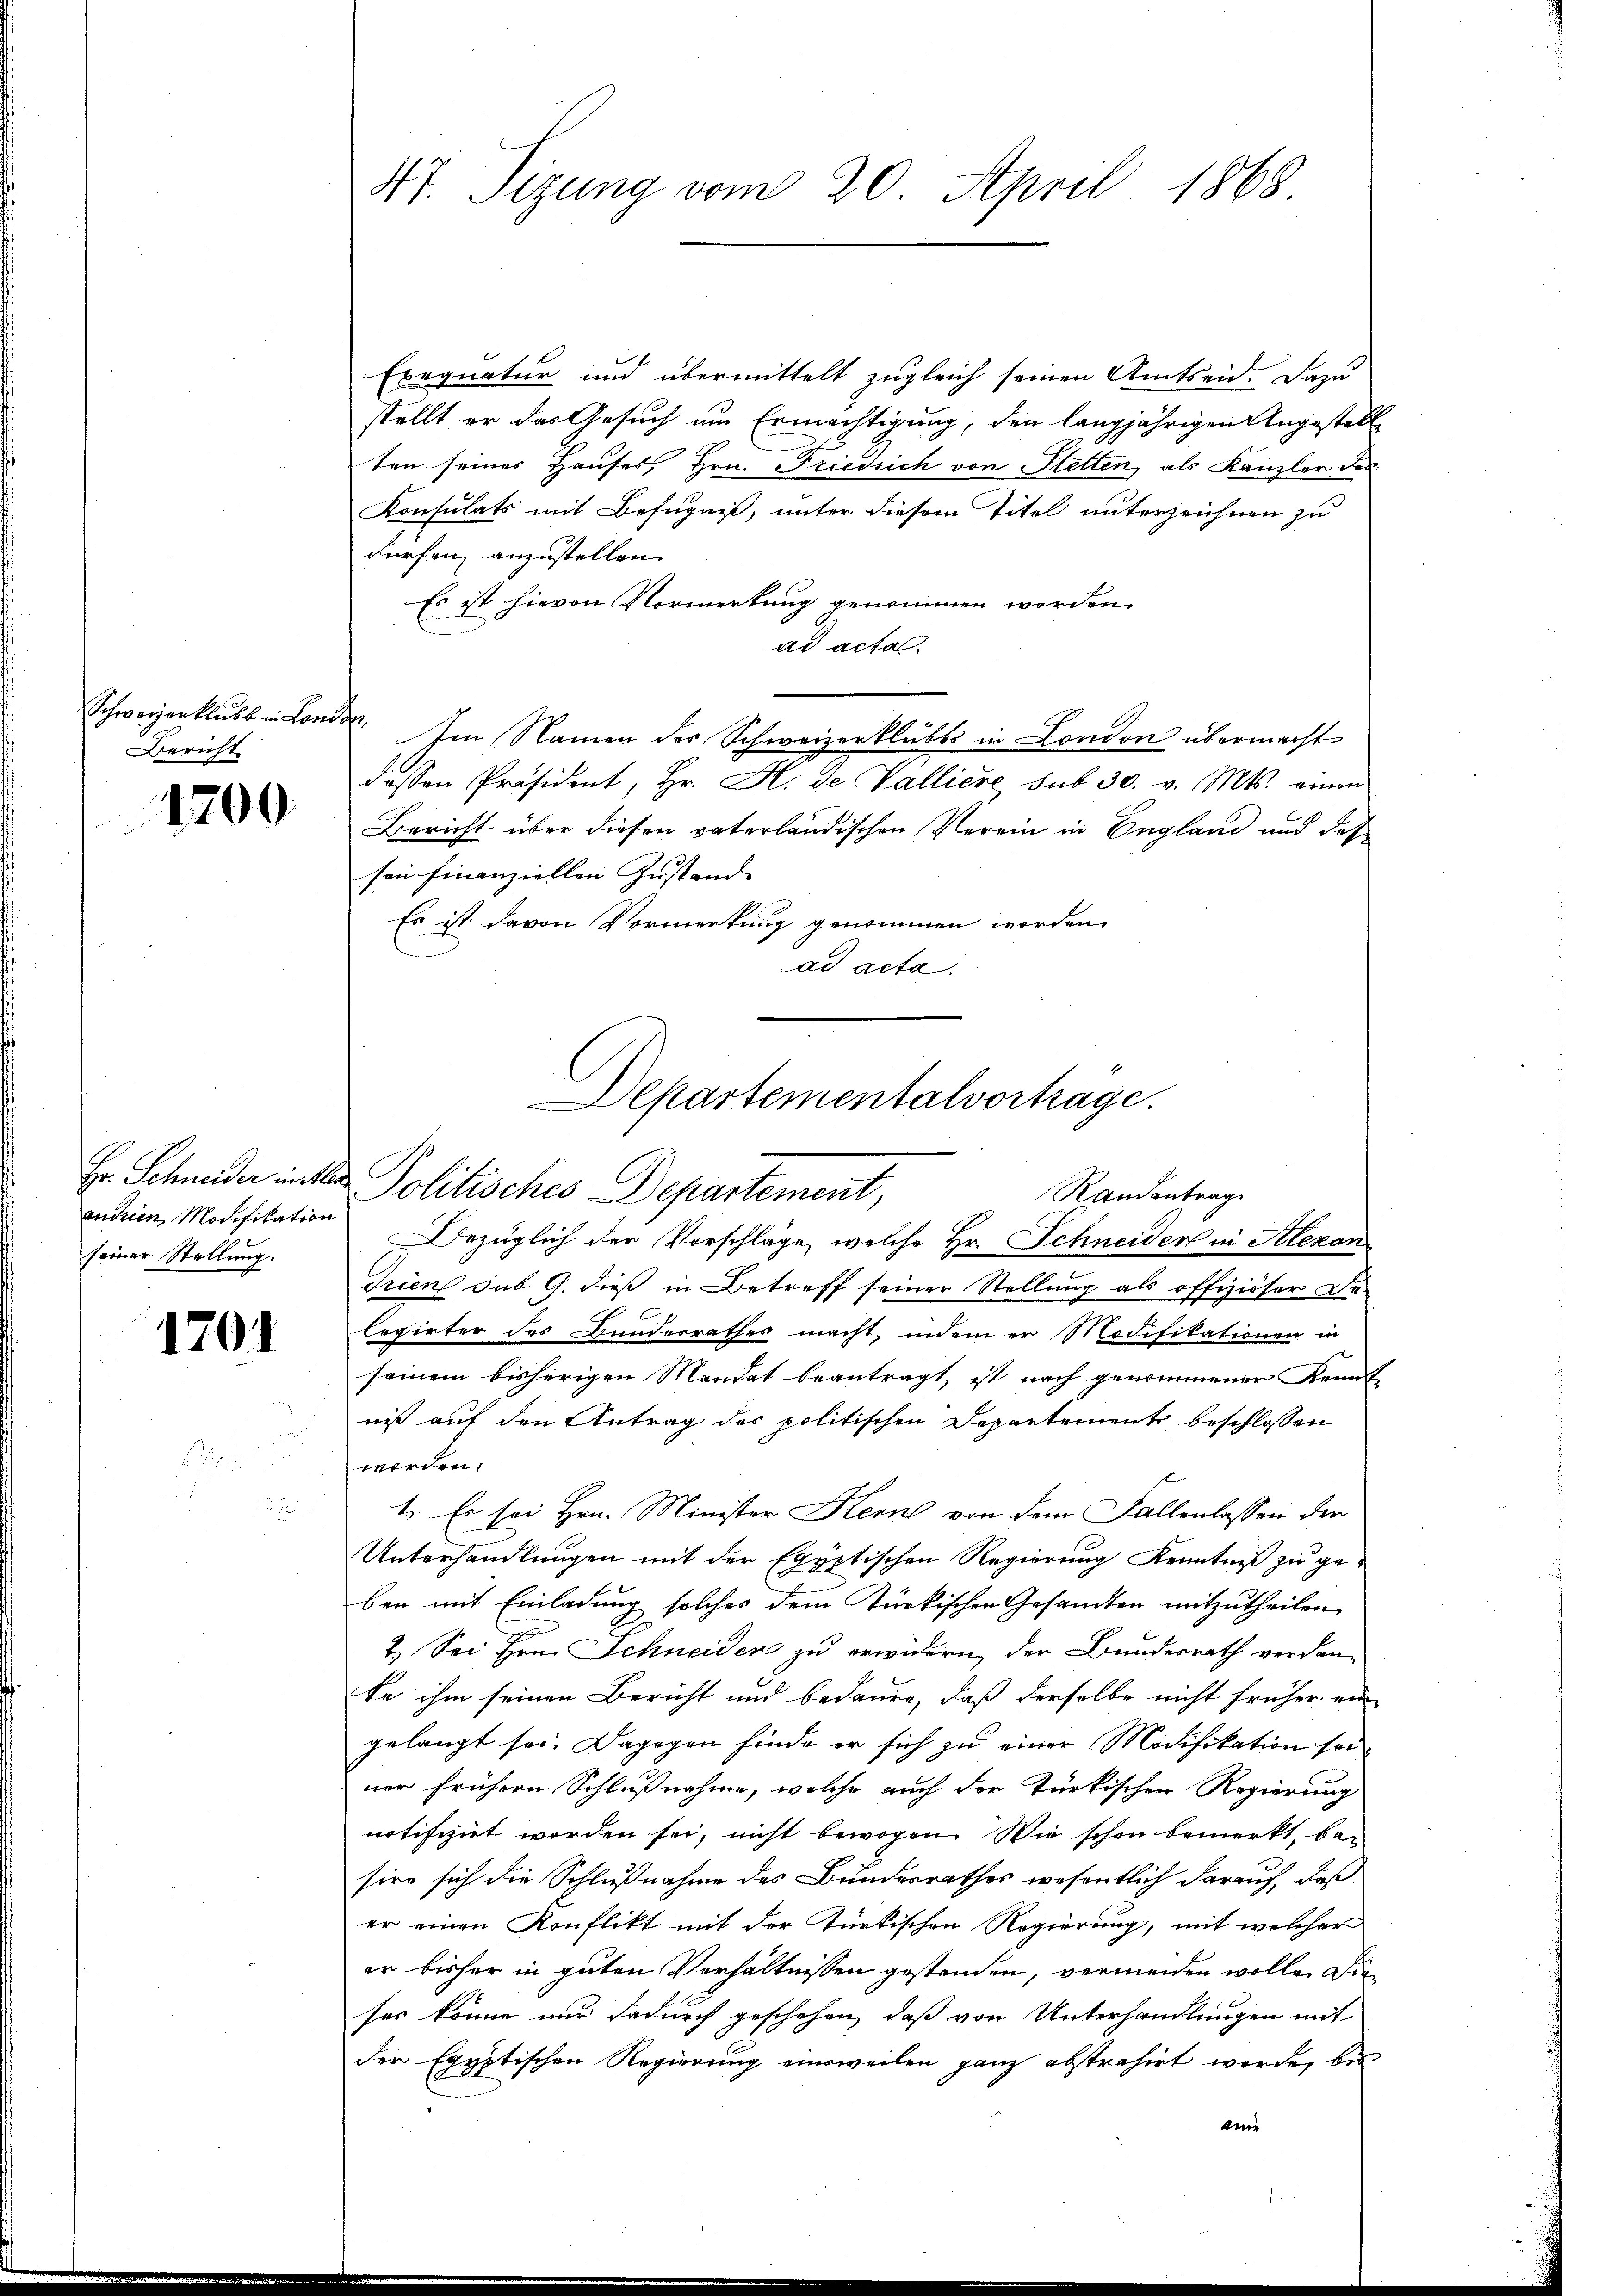
Schweizerklubs in Lon
Bericht

1200.

andrien Modifikation
seiner Stellung.

1701

47. Sizung vom 20. April 1868.

Exequatur und übermittelt zugleich seinen Amtseid. Dazu
stellt er das Gesuch um Ermächtigung, den langjährigen Angestell
ten seines Hauses, Hrn. Friedrich von Stetten, als Kanzler der
Konsulats mit Befugniß, unter diesem Titel unterzeichnen zu
Fürfen anzustellen.
Es ist hievon Vormerkung genommen worden.
E
ad acta.
dar. Im Namen der Schweizerklübts in London übermacht
dessen Präsident, Hr. H. de Valliere sub 30. v. Mts. einen
Bericht über diesen vaterländischen Verein in England und des
sen finanziellen Zustand
Es ist davon Vormerkung genommen worden.
ad acta.

Departementalvertrage.
Hr. Schneider inten Politisches Departement,
Randantrag

Bezüglich der Vorschläge, welche Hr. Schneider in Alexan
Trien sub G. dieß in Betreff seiner Stellung als offiziöser Delegirter des Bunderrathes macht, indem er Modifikationen in
seinem bisherigen Mandat beantragt, ist nach genommener Krank
niß auf den Antrag des politischen Departemente beschlossen
werden.
1. Es sei Hrn. Minister Kerne von dem Fallenlassen der
Unterhandlungen mit der Egyptischen Regierung Kenntniß zu ge-
ben mit Einladung solches dem türkischen Gesandten mitzutheilen.

2.) Sei Hrn. Schneiders zu erwidern, der Bundesrath verdan-
ke ihm seinen Bericht und bedaure, daß derselbe nicht früher ein
gelangt sei. Dagegen finde er sich zu einer Modifikation seiner frühern Schlußnahme, welche auch der Türkischen Regierung
notifchiet worden sei, nicht bewogen. Wie schon bemerkt, bei
sien sich die Schlußnahme des Bundesrathes wesentlich darauf, daß
er einen Konflikt mit der Türkischen Regierung, mit welcher
er bisher in guten Verhältnissen gestanden, vermeiden wolle. Die
fes könne nur dadurch geschehen, daß von Unterhandlungen mit
der Egyptischen Regierung einsweilen ganz abstrahirt werde, bis
aine